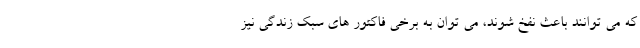
که می توانند باعث نفخ شوند، می توان به برخی فاکتور های سبک زندگی نیز